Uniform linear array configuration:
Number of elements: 48
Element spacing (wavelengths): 0.25
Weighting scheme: binomial
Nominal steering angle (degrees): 30
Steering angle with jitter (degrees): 29.264
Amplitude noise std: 0.05
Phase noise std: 0.05

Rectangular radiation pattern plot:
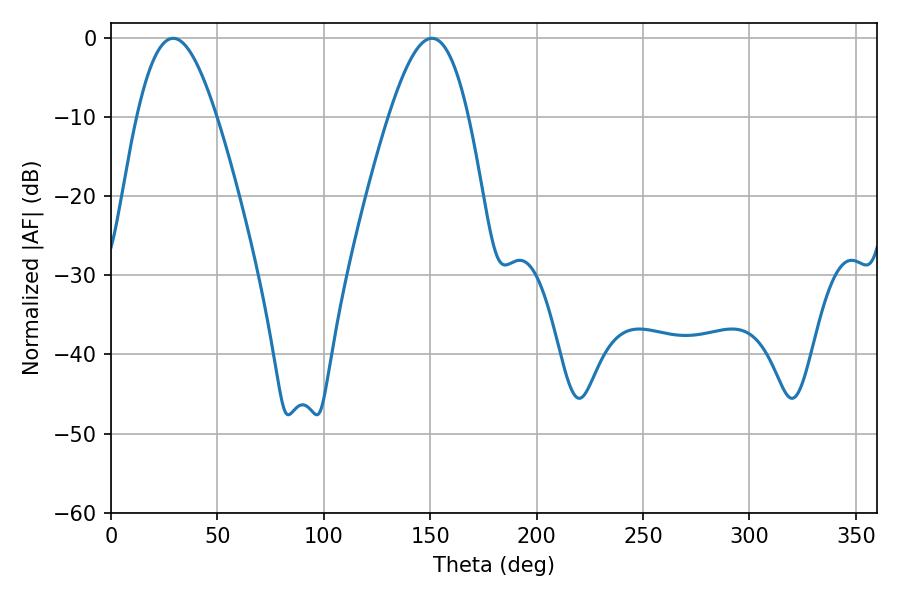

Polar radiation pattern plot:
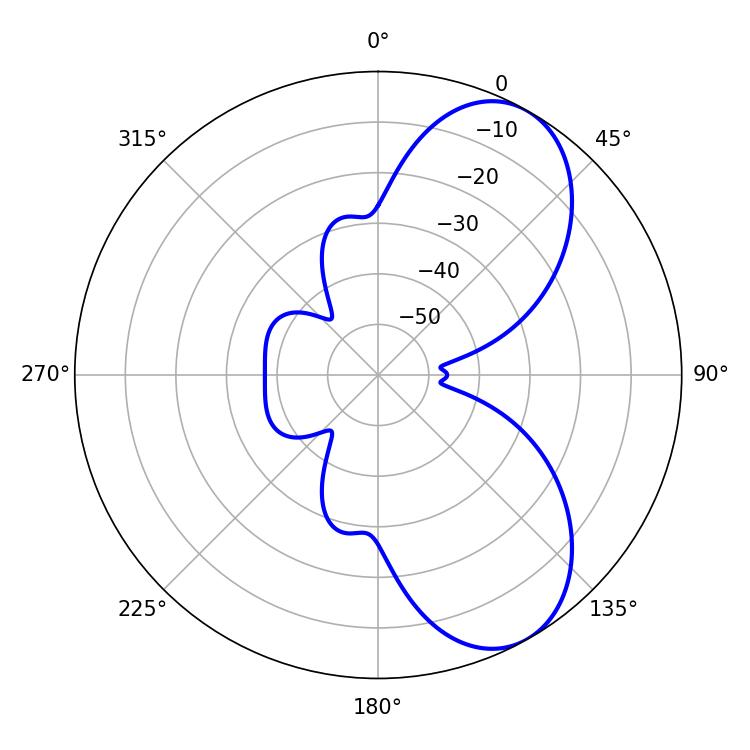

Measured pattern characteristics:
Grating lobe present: FALSE
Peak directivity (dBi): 7.198
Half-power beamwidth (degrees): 20.16
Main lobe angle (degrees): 29.16